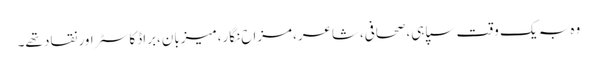
وہ بہ یک وقت سپاہی،صحافی،شاعر،مزاح نگار،میزبان،براڈکاسٹر اور نقاد تھے۔